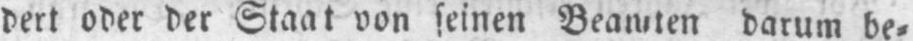
darum be⸗